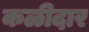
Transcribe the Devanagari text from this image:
कळीदार